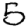
Digit: 5